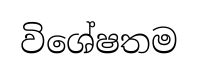
විශේෂතම